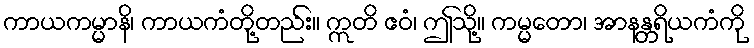
ကာယကမ္မာနိ၊ ကာယကံတို့တည်း။ ဣတိ ဧဝံ၊ ဤသို့။ ကမ္မတော၊ အာနန္တရိယကံကို